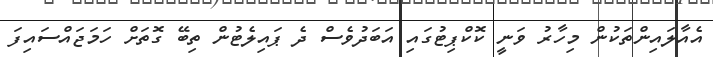
އެއާލައިންތަކުން މިހާރު ވަނީ ކޮކްޕިޓުގައި އަބަދުވެސް ދެ ޕައިލެޓުން ތިބޭ ގޮތަށް ހަމަޖައްސައިފަ